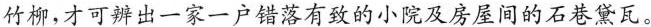
竹柳,才可辨出一家一户错落有致的小院及房屋间的石巷黛瓦。